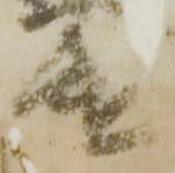
遣